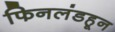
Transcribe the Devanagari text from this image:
फिनलंडहून